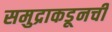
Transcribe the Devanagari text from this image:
समुद्राकडूनची